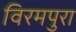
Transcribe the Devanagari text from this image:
विरमपुरा